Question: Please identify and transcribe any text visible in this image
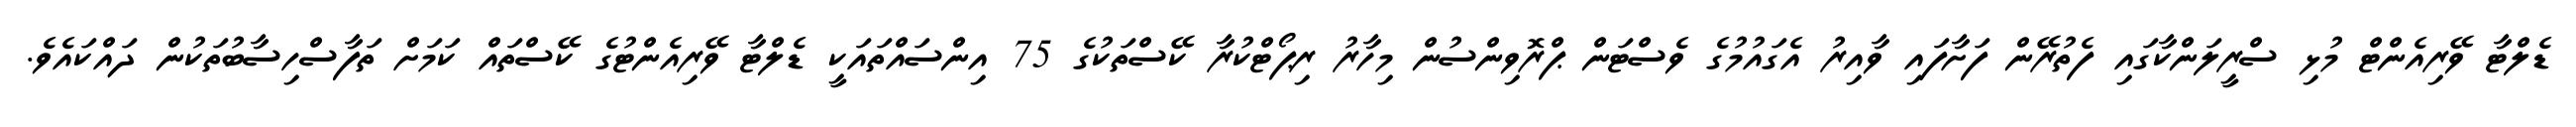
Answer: ޑެލްޓާ ވޭރިއެންޓް މުޅި ސްރީލަންކާގައި ފެތުރޭން ފަށާފައި ވާއިރު އެގައުމުގެ ވެސްޓަން ޕްރޮވިންސުން މިހާރު ރިޕޯޓްކުރާ ކޭސްތަކުގެ 75 އިންސައްތައަކީ ޑެލްޓާ ވޭރިއެންޓުގެ ކޭސްތައް ކަމަށް ތަފާސްހިސާބުތަކުން ދައްކައެވެ.